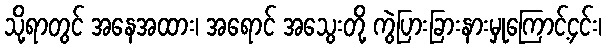
သို့ရာတွင် အနေအထား၊ အရောင် အသွေးတို့ ကွဲပြားခြားနားမှုကြောင့်၄င်း၊